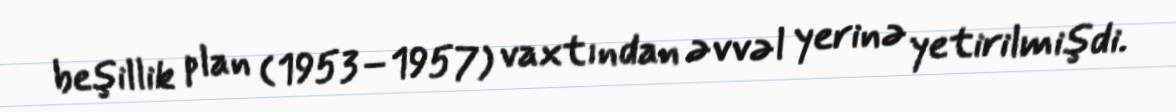
beşillik plan (1953–1957) vaxtından əvvəl yerinə yetirilmişdi.